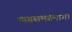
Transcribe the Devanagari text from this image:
व्यग्रसमग्रमार्ग।